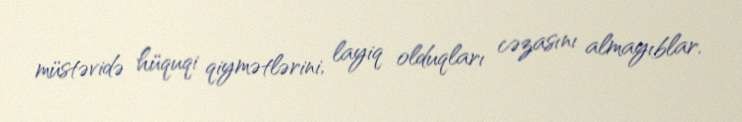
müstəvidə hüquqi qiymətlərini, layiq olduqları cəzasını almayıblar.